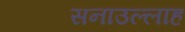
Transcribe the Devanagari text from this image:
सनाउल्‍लाह